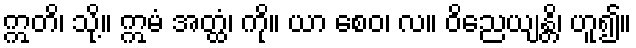
ဣတိ၊ သို့။ ဣမံ အတ္ထံ၊ ကို။ ယာ စေဝ၊ လ။ ဝိညေယျန္တိ၊ ဟူ၍။